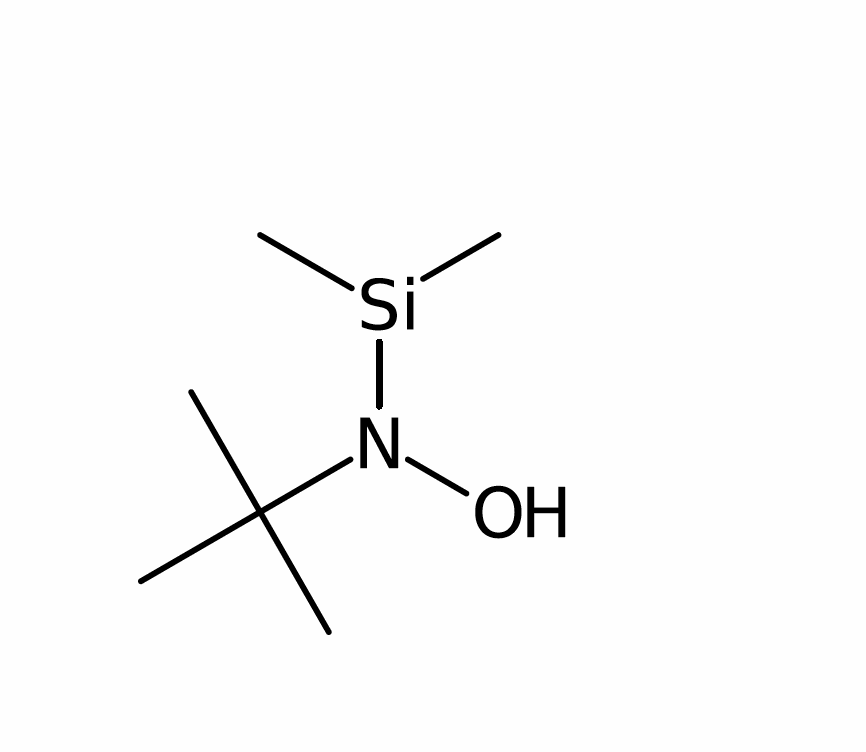
Simplified molecular-input line-entry system (SMILES) notation of the given molecule:
CC(C)(C)N(O)[Si](C)C